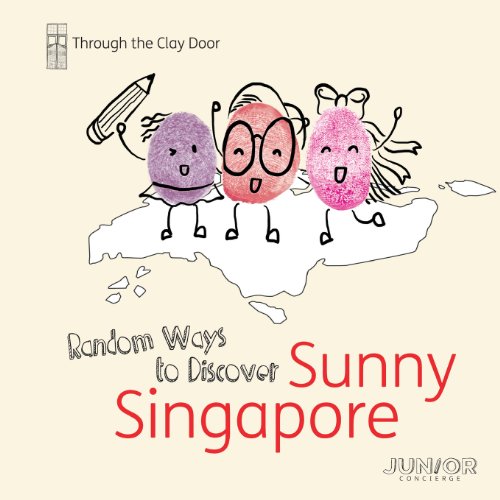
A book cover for Through the Clay Door: Random Ways to Discover Sunny Singapore; Junior Concierge; Travel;